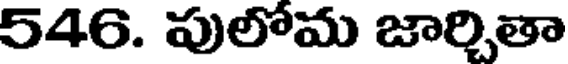
546. పులోమ జార్చితా